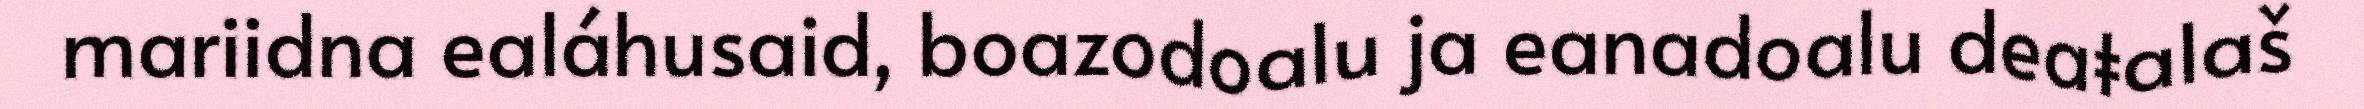
mariidna ealáhusaid, boazodoalu ja eanadoalu deaŧalaš